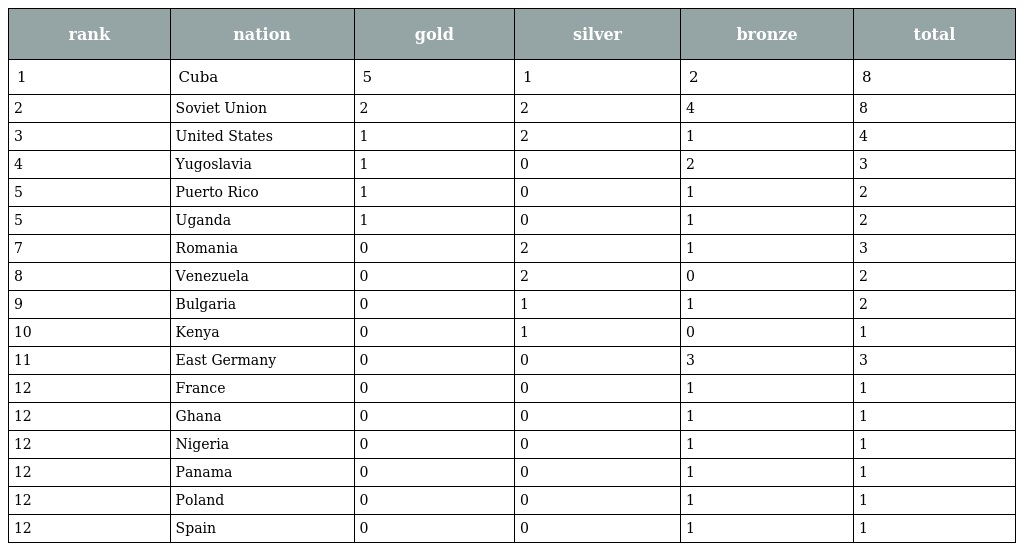
| rank | nation | gold | silver | bronze | total |
 | --- | --- | --- | --- | --- | --- |
 | 1 | Cuba | 5 | 1 | 2 | 8 |
 | 2 | Soviet Union | 2 | 2 | 4 | 8 |
 | 3 | United States | 1 | 2 | 1 | 4 |
 | 4 | Yugoslavia | 1 | 0 | 2 | 3 |
 | 5 | Puerto Rico | 1 | 0 | 1 | 2 |
 | 5 | Uganda | 1 | 0 | 1 | 2 |
 | 7 | Romania | 0 | 2 | 1 | 3 |
 | 8 | Venezuela | 0 | 2 | 0 | 2 |
 | 9 | Bulgaria | 0 | 1 | 1 | 2 |
 | 10 | Kenya | 0 | 1 | 0 | 1 |
 | 11 | East Germany | 0 | 0 | 3 | 3 |
 | 12 | France | 0 | 0 | 1 | 1 |
 | 12 | Ghana | 0 | 0 | 1 | 1 |
 | 12 | Nigeria | 0 | 0 | 1 | 1 |
 | 12 | Panama | 0 | 0 | 1 | 1 |
 | 12 | Poland | 0 | 0 | 1 | 1 |
 | 12 | Spain | 0 | 0 | 1 | 1 |